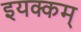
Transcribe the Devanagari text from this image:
इयक्कम्